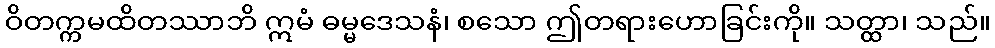
ဝိတက္ကမထိတဿာဘိ ဣမံ ဓမ္မဒေသနံ၊ စသော ဤတရားဟောခြင်းကို။ သတ္ထာ၊ သည်။